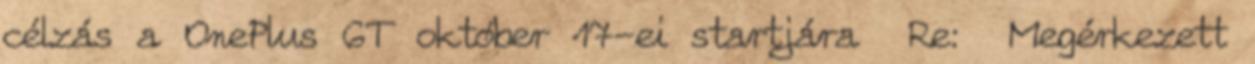
célzás a OnePlus 6T október 17-ei startjára Re: Megérkezett